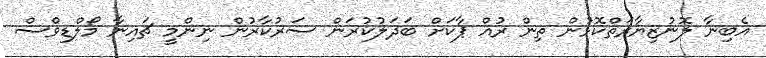
އެބިނާ ލޮނުޒިޔާރަތްކޮޅުން ތިން ރުއް ޕާކަށް ބަދަލުކުރަން ސަރުކާރުން ނިންމީ ޗައިނާ މޯލްޑިވްސް